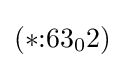
(*{:}63_{0}2)